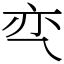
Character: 亪